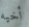
أخيه